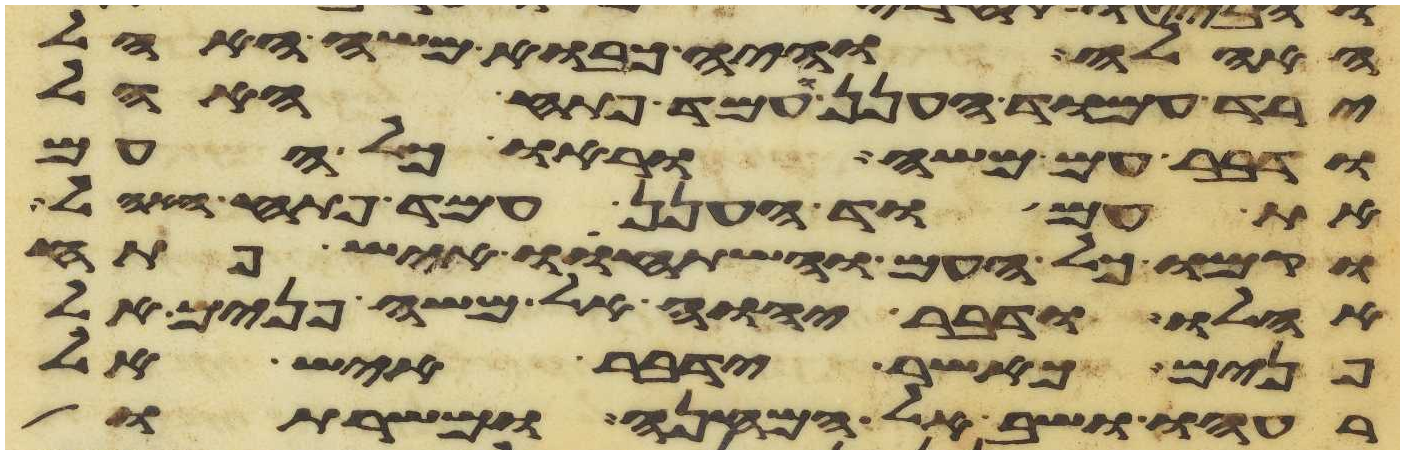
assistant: האהלה והיה כבוא משה האהל
ירד עמוד הענן ועמד פתח האהל
ודבר עם משה וראו כל העם
את עמוד הענן עמד פתח האהל
וקמו כל העם והשתחוו איש פתח
אהלו ודבר יהוה אל משה פנים אל
פנים כאשר ידבר איש אל
רעהו ושב אל המחנה ומשרתו